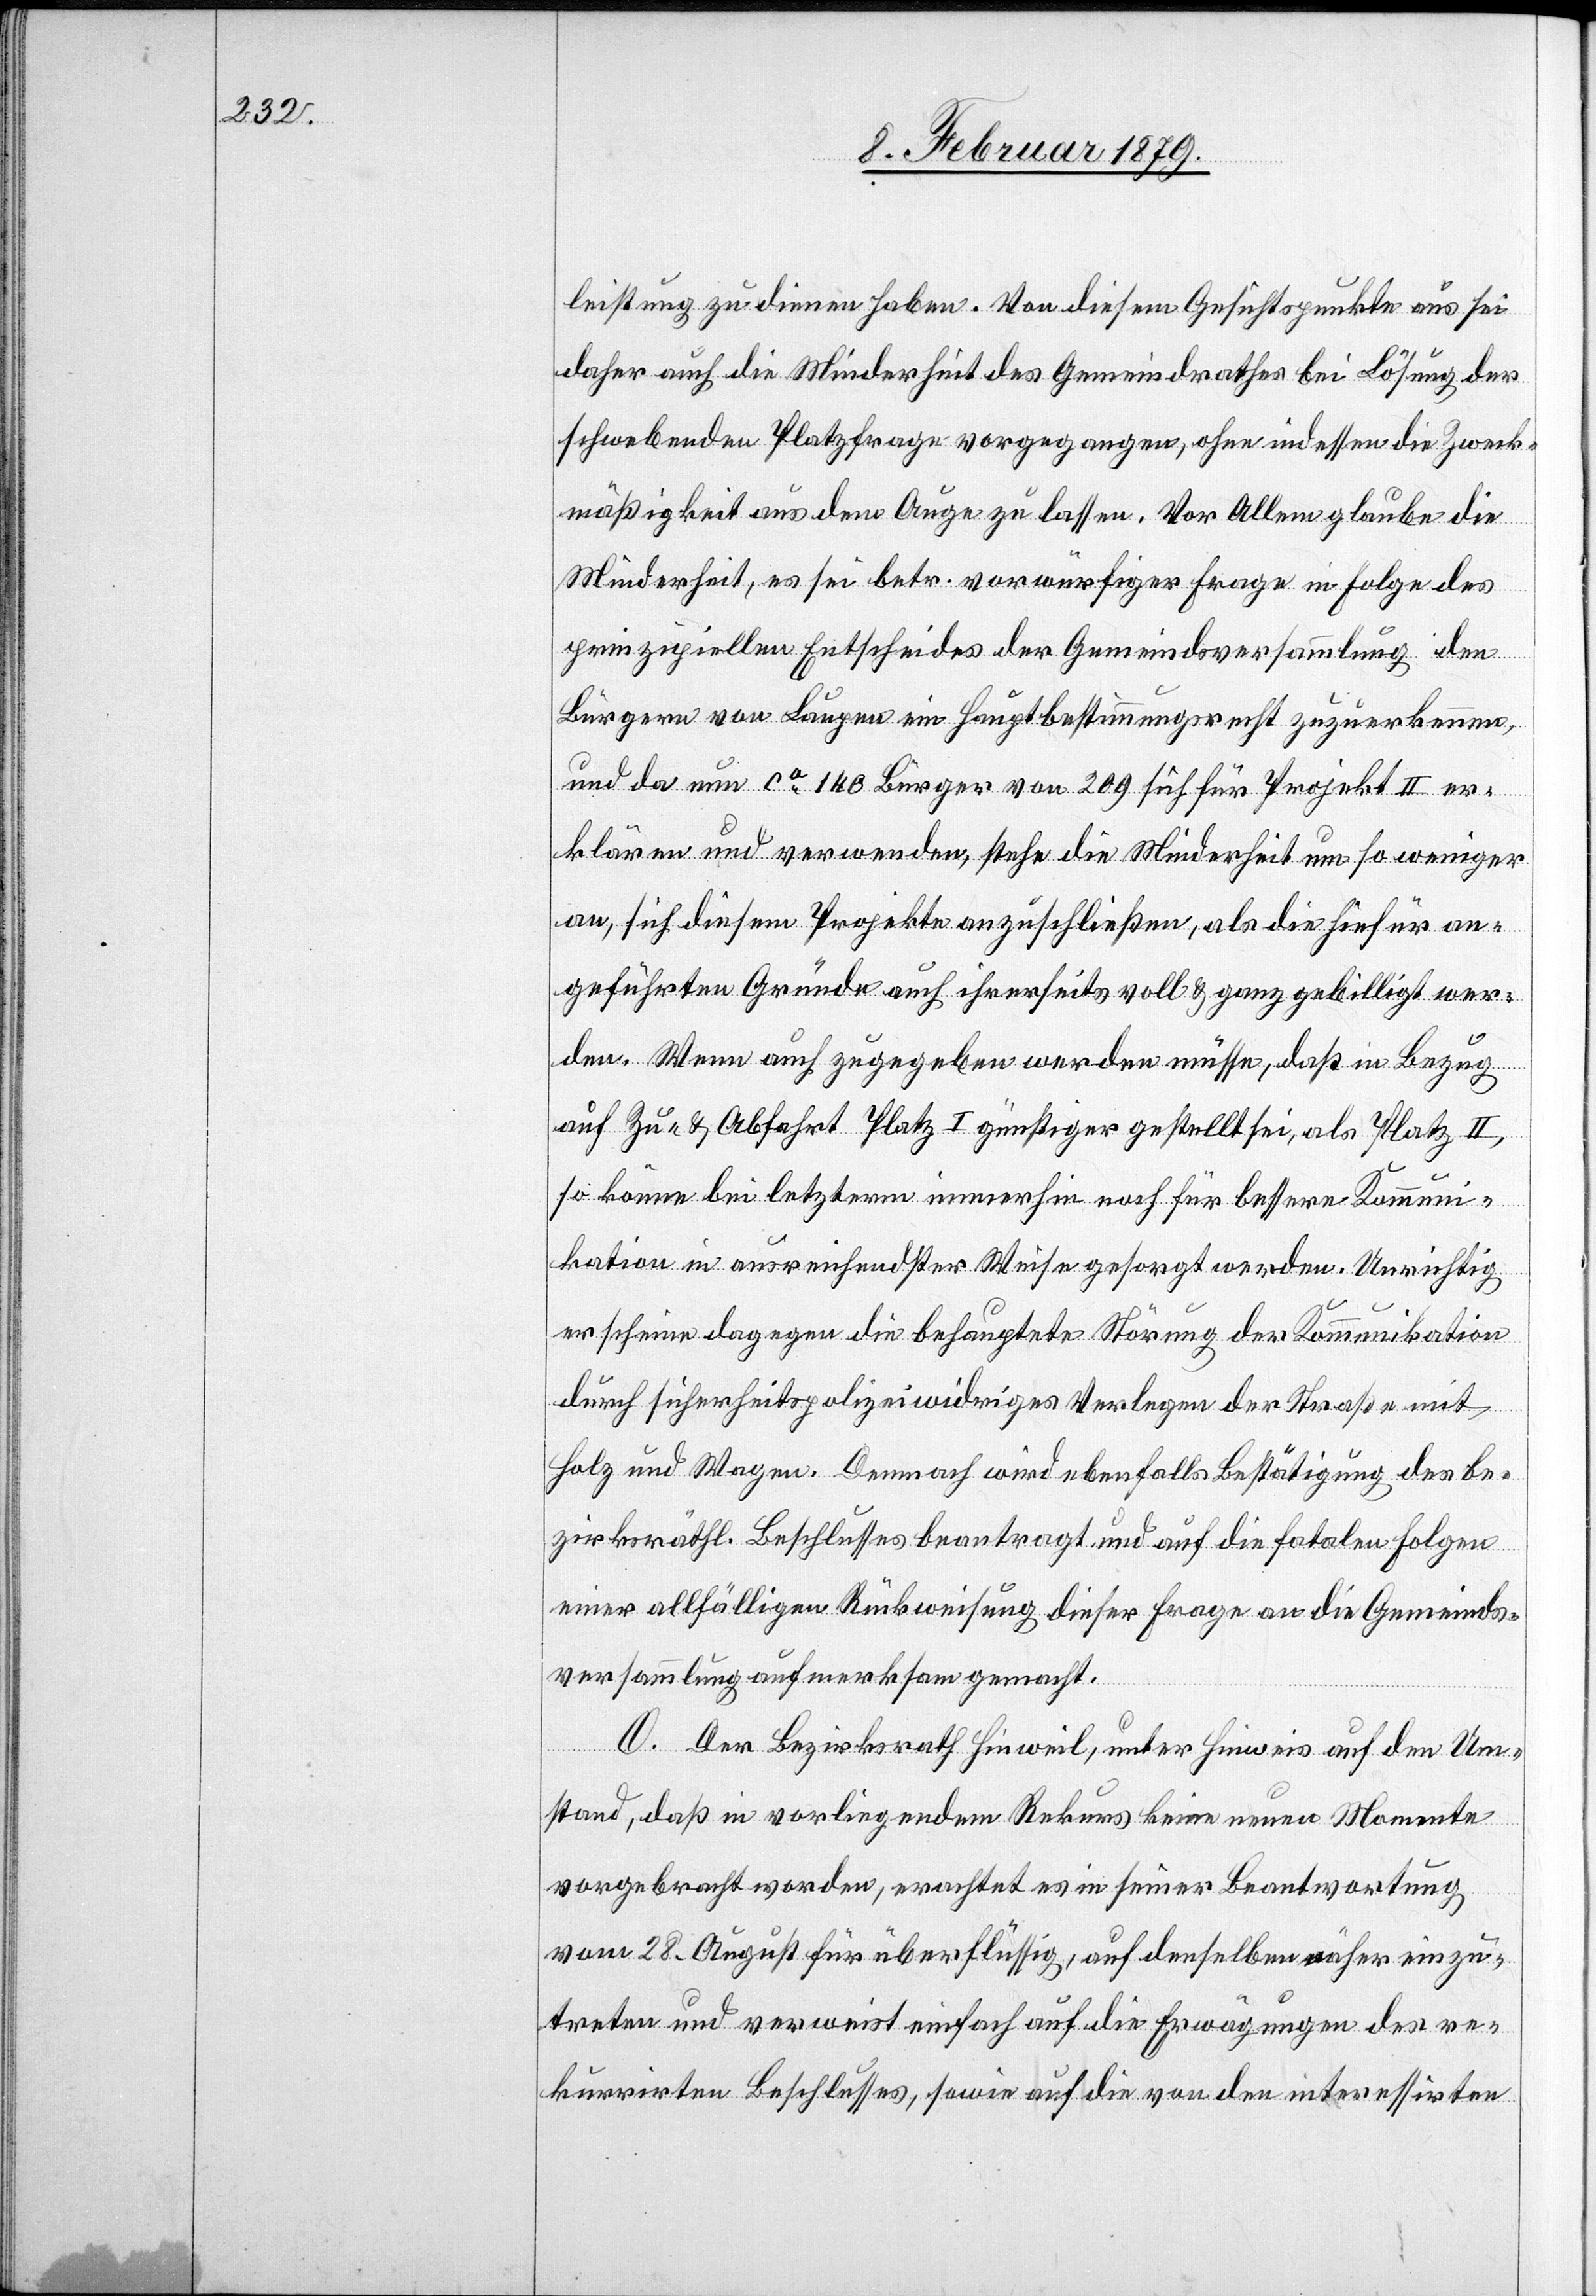
leistung zu dienen haben. Von diesem Gesichtspunkte aus sei
daher auch die Minderheit des Gemeindrathes bei Lösung der
schwebenden Platzfrage vorgegangen, ohne indessen die Zweck¬
mäßigkeit aus dem Auge zu lassen. Vor Allem glaube die
Minderheit, es sei betr. vorwürfiger Frage in Folge des
prinzipiellen Entscheides der Gemeindsversammlung den
Bürgern von Laupen ein Hauptbestimmungsrecht zuzuerkennen,
und da nun ca 140 Bürger von 209 sich für Projekt II er¬
klären und verwenden, stehe die Minderheit um so weniger
an, sich diesem Projekte anzuschließen, als die hiefür an¬
geführten Gründe auch ihrerseits voll & ganz gebilligt wer¬
den. Wenn auch zugegeben werden müße, daß in Bezug
auf Zu- & Abfahrt Platz I günstiger gestellt sei, als Platz II,
so könne bei letzterm immerhin noch für bessere Kommuni¬
kation in ausreichendster Weise gesorgt werden. Unrichtig
erscheine dagegen die behauptete Störung der Kommunikation
durch sicherheitspolizeiwidriges Verlegen der Straße mit
Holz und Wagen. Demnach wird ebenfalls Bestätigung des be¬
zirksräthl. Beschlusses beantragt und auf die fatalen Folgen
einer allfälligen Rückweisung dieser Frage an die Gemeinds¬
versammlung aufmerksam gemacht.
O. Der Bezirksrath Hinweil, unter Heinweis auf den Um¬
stand, daß in vorliegendem Rekurs keine neuen Momente
vorgebracht worden, erachtet es in seiner Beantwortung
vom 28. August für überflüssig, auf denselben näher einzu¬
treten und verweist einfach auf die Erwägungen des re¬
kurrirten Beschlusses, sowie auf die von den interessirten